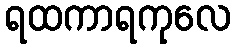
ရထကာရကုလေ